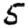
Digit: 5